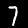
Label: 7